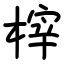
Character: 榟